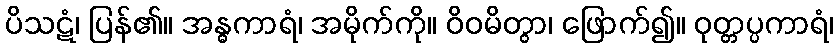
ပိသဋံ၊ ပြန်၏။ အန္ဓကာရံ၊ အမိုက်ကို။ ဝိဝမိတွာ၊ ဖြောက်၍။ ဝုတ္တပ္ပကာရံ၊